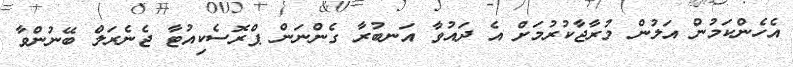
އެހެންކަމުން އަލުން މުރާޖާކުރުމަށް އެ ދައުވާ އަނބުރާ ގެންނަން ޕްރޮސެކިއުޓާ ޖެނެރަލް ބޭނުންވާ